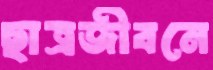
ছাত্রজীবনে